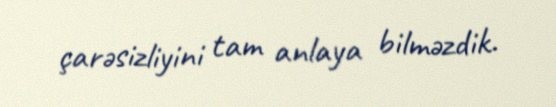
çarəsizliyini tam anlaya bilməzdik.